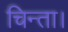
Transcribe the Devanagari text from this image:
चिन्ता।